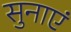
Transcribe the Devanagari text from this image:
सुनाएं